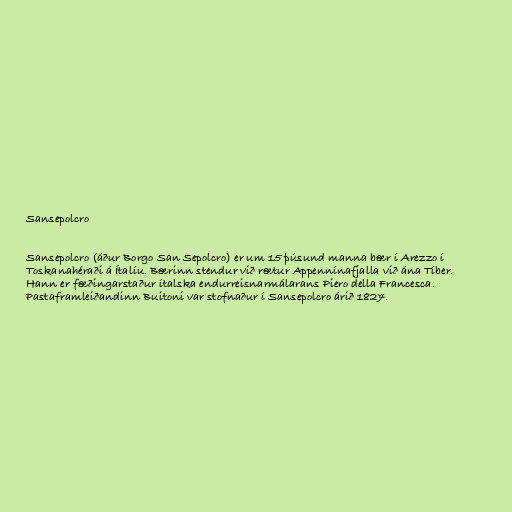
Sansepolcro

Sansepolcro (áður Borgo San Sepolcro) er um 15 þúsund manna bær í Arezzo í
Toskanahéraði á Ítalíu. Bærinn stendur við rætur Appennínafjalla við ána Tíber.
Hann er fæðingarstaður ítalska endurreisnarmálarans Piero della Francesca.
Pastaframleiðandinn Buitoni var stofnaður í Sansepolcro árið 1827.